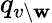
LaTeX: q_{v\setminus\mathbf{w}}